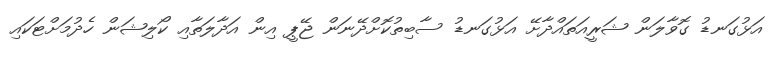
އަޅުގަނޑު ގޮވާލަން ޝަރީއަތައްދާށޭ އަޅުގަނޑު ސާބިތުކޮށްދޭނަން ޖޭޕީ އިން އަދާލަތާއި ކޯލިޝަން ހެދުމަށްޓަކައި